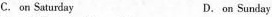
C. on Saturday D. on Sunday